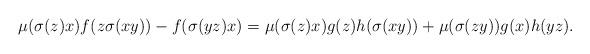
LaTeX: \begin{align*}\mu(\sigma(z)x)f(z\sigma(xy))-f(\sigma(yz)x)=\mu(\sigma(z)x)g(z)h(\sigma(xy))+\mu(\sigma(zy))g(x)h(yz).\end{align*}